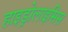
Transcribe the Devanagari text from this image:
हाइड्रोलाइसिस